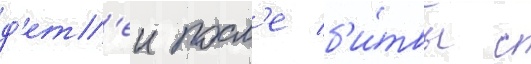
д'ет'еи посл'е б'и́твы с